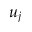
u _ { j }